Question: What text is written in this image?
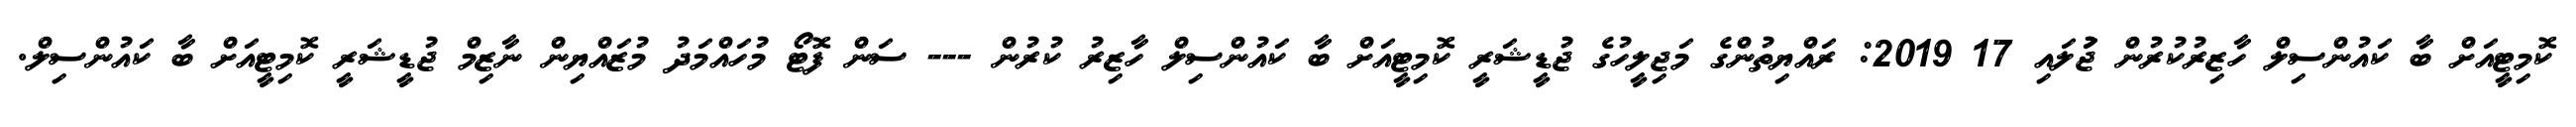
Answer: ކޮމިޓީއަށް ބާ ކައުންސިލް ހާޒިރުކުރުން ޖުަލައި 17 2019: ރައްޔިތުންގެ މަޖިލީހުގެ ޖުޑީޝަރީ ކޮމިޓީއަށް ބާ ކައުންސިލް ހާޒިރު ކުރުން --- ސަން ފޮޓޯ މުހައްމަދު މުޒައްޔިން ނާޒިމް ޖުޑީޝަރީ ކޮމިޓީއަށް ބާ ކައުންސިލް.